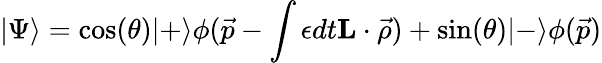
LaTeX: |\Psi\rangle=\cos(\theta)|+\rangle\phi(\vec{p}-\int\epsilon dt{\mathbf L}\cdot\vec{\rho})+\sin(\theta)|-\rangle\phi(\vec{p})